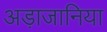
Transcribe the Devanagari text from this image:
अड़ाजानिया